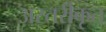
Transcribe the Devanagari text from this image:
अस्तरीकृत